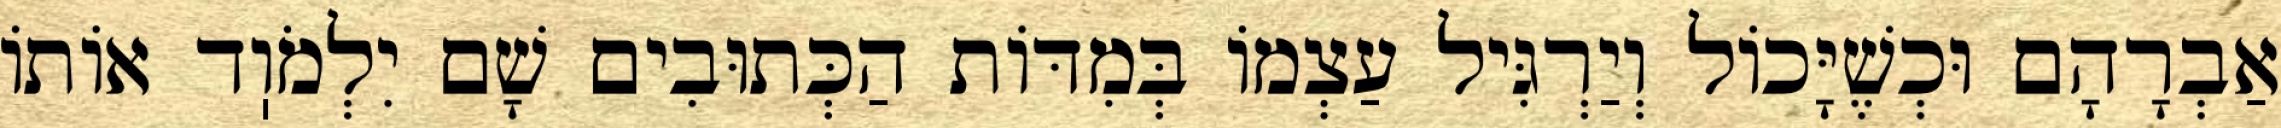
אַבְרָהָם וּכְשֶׁיָּכוֹל וְיַרְגִּיל עַצְמוֹ בְּמִדּוֹת הַכְּתוּבִים שָׁם יִלְמֹוֽד אוֹתוֹ